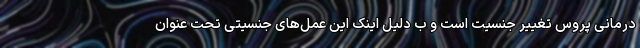
درمانی پروس تغییر جنسیت است و ب دلیل اینک این عمل‌های جنسیتی تحت عنوان